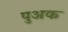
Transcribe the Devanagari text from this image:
पुअक